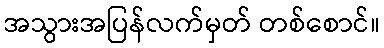
အသွားအပြန်လက်မှတ် တစ်စောင်။